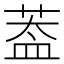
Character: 葢